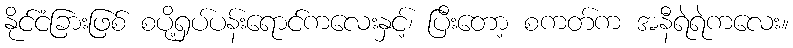
နိုင်ငံခြားဖြစ် စပို့ရှပ်ပန်းရောင်ကလေးနှင့်၊ ပြီးတော့ စကတ်က အနီရဲရဲကလေး။